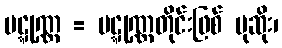
ပဋ္ဋုဏ္ဏ = ပဋ္ဋုဏ္ဏတိုင်းဖြစ် ပုဆိုး၊